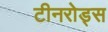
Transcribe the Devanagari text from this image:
टीनरोड्स